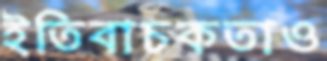
ইতিবাচকতাও